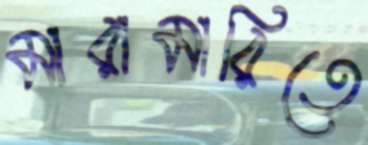
মারামারিতে